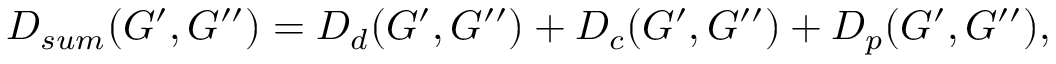
D _ { s u m } ( G ^ { \prime } , G ^ { \prime \prime } ) = D _ { d } ( G ^ { \prime } , G ^ { \prime \prime } ) + D _ { c } ( G ^ { \prime } , G ^ { \prime \prime } ) + D _ { p } ( G ^ { \prime } , G ^ { \prime \prime } ) ,